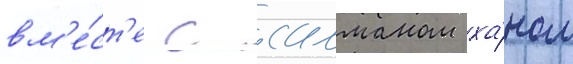
вм'е́ст'е с салманом ха́ном